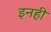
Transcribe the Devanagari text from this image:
इनही